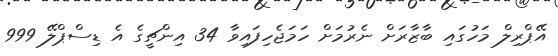
އޭޕްރިލް މަހުގައި ބާޒާރަށް ނެރުމަށް ހަމަޖެހިފައިވާ 34 އިންޗީގެ އެ ޑިސްޕްލޭ 999